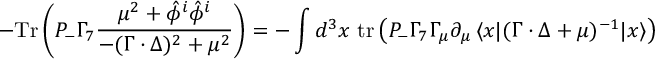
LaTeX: - \mathrm { T r } \left( P _ { - } \Gamma _ { 7 } \frac { \mu ^ { 2 } + \hat { \phi } ^ { i } \hat { \phi } ^ { i } } { - ( \Gamma \cdot \Delta ) ^ { 2 } + \mu ^ { 2 } } \right) = - \int d ^ { 3 } x \ \mathrm { t r } \left( P _ { - } \Gamma _ { 7 } \Gamma _ { \mu } { \partial } _ { \mu } \, \langle x | ( \Gamma \cdot \Delta + \mu ) ^ { - 1 } | x \rangle \right)